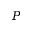
P